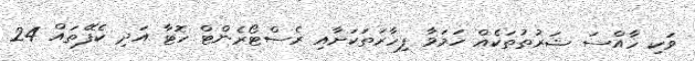
ވަކި ހާއްސަ ޝަރުތުތަކެއް ހަމަވާ ފިހާރަތަކަށާއި ރެސްޓޯރެންޓް ހޮޓާ އަދި ކެފޭތައް 24